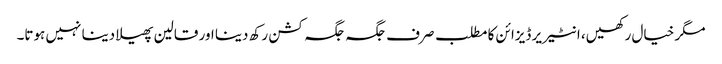
مگر خیال رکھیں، انٹیریر ڈیزائن کا مطلب صرف جگہ جگہ کشن رکھ دینا اور قالین پھیلا دینا نہیں ہوتا۔